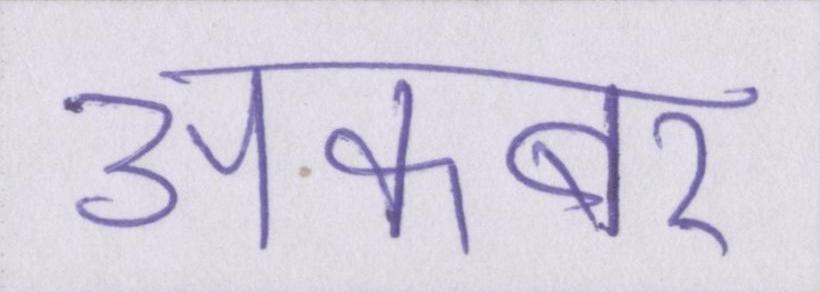
अकबर